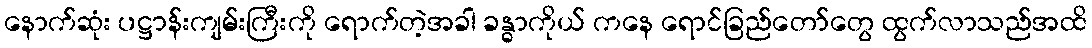
နောက်ဆုံး ပဋ္ဌာန်းကျမ်းကြီးကို ရောက်တဲ့အခါ ခန္ဓာကိုယ် ကနေ ရောင်ခြည်တော်တွေ ထွက်လာသည်အထိ